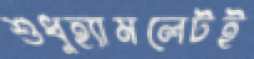
শুধুহ্যামলেটই